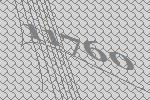
11760